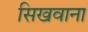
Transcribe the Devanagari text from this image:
सिखवाना